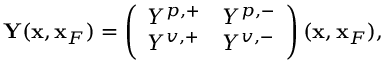
\begin{array} { r } { { \bf Y } ( { \bf x } , { \bf x } _ { F } ) = \left( \begin{array} { l l } { Y ^ { p , + } } & { Y ^ { p , - } } \\ { Y ^ { v , + } } & { Y ^ { v , - } } \end{array} \right) ( { \bf x } , { \bf x } _ { F } ) , } \end{array}